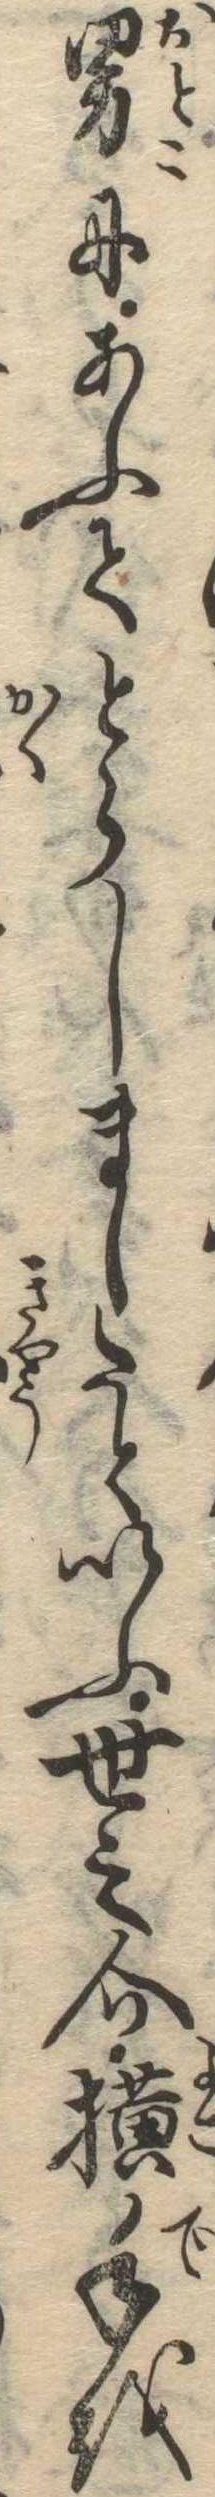
男にあふてとらしましたといふ世之介横手を